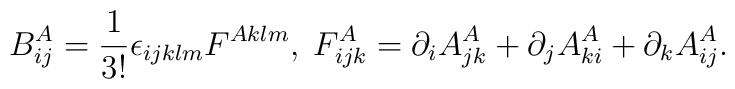
B^A_{ij} = \frac{1}{3!} \epsilon_{ijklm} F^{Aklm}, \;F^A_{ijk} = \partial_i A^A_{jk} + \partial_j A^A_{ki} + \partial_k A^A_{ij}.